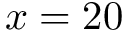
x = 2 0